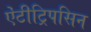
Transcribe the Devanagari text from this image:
ऐंटीट्रिपसिन